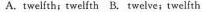
A. twelfth; twelfth B. Twelve; twelfth